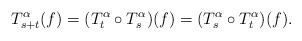
LaTeX: \begin{align*}T_{s+t}^{\alpha}(f) = (T_t^{\alpha} \circ T_s^\alpha)(f) = (T_s^\alpha \circ T_t^{\alpha})(f). \end{align*}